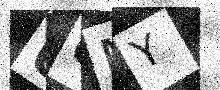
Text: U6MY